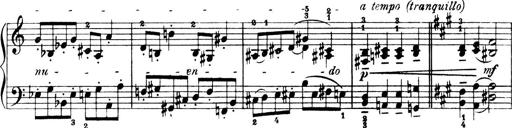
Title: 4 Sonatines
Composer: Max Reger